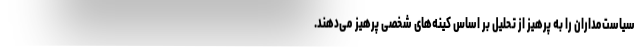
سیاست‌مداران را به پرهیز از تحلیل بر اساس کینه‌های شخصی پرهیز می‌دهند.